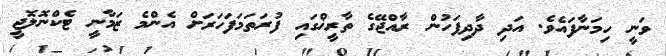
ވަނީ ހިމަނާފައެވެ. އަދި ދާދިފަހުން ރާއްޖޭގެ ތާރީޚްގައި ފުރަތަމަފަހަރަށް އެންމެ ޒަމާނީ ޓެކްނޮލޮޖީ